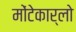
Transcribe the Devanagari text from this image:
मोंटेकार्लो